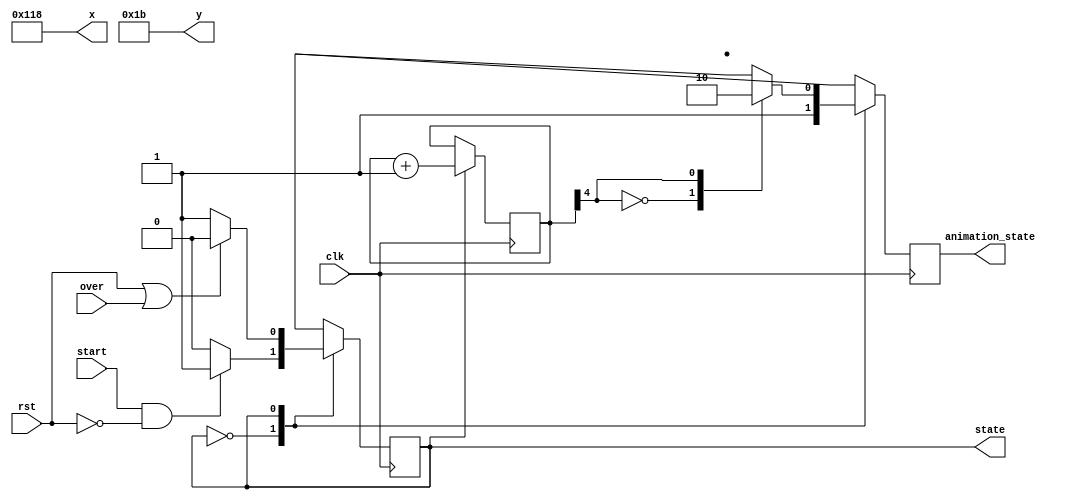
`timescale 1ns / 1ps

module queue(
    input wire clk,
    input wire rst,
    input wire start,
    input wire over,
    output wire [9:0] x,
    output wire [8:0] y,
    output reg state,
    output reg animation_state
    );

    localparam QUEUE_INITIAL = 1'b0,
               QUEUE_PLAYING = 1'b1;

    localparam QUEUE_LEFT  = 1'b0,
               QUEUE_RIGHT = 1'b1;
    
    localparam QUEUE_INITIAL_X = 280,
               QUEUE_INITIAL_Y = 27;
    
    reg next_state;
    reg [4:0] animation_counter;

    assign x = QUEUE_INITIAL_X;
    assign y = QUEUE_INITIAL_Y;
    
    initial begin
        state = QUEUE_INITIAL;
        next_state = QUEUE_INITIAL;
        animation_state = QUEUE_RIGHT;
        animation_counter = 0;
    end

    always@ (posedge clk) begin
        state <= next_state;
    end

    always@ (posedge clk) begin
        case(state)
            QUEUE_INITIAL: begin
                animation_state = QUEUE_RIGHT;
            end
            QUEUE_PLAYING: begin
                case (animation_counter[4])
                    1'b0: animation_state = QUEUE_RIGHT;
                    1'b1: animation_state = QUEUE_LEFT;
                endcase
                animation_counter <= animation_counter + 1'b1;
            end
        endcase
    end

    always@ (*) begin
        next_state = state;
        case(state)
            QUEUE_INITIAL: begin
                if(start & (~rst)) next_state = QUEUE_PLAYING;
                else next_state = QUEUE_INITIAL;
            end
            QUEUE_PLAYING: begin
                if(rst | over) next_state = QUEUE_INITIAL;
                else next_state = QUEUE_PLAYING;
            end
        endcase
    end

endmodule